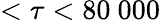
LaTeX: <\tau<80~000